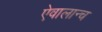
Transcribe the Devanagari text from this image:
ऐवालान्च